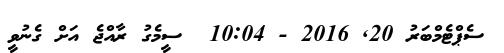
ސެޕްޓެމްބަރު 20